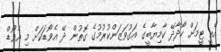
އެއީ ޓީމަށް ހޯދާދޭ ކާމިޔާބީގެ އަގުވަޒަންކުރުމުގެ ގޮތުން ދޭ އެވޯޑަކަށް މި އެވޯޑް